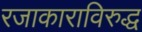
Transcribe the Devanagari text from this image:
रजाकाराविरुद्ध